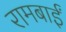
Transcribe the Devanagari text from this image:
रामबाईं